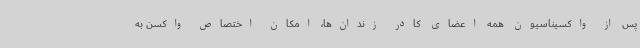
پس از واکسیناسیون همه اعضای کادر زندان‌ها، امکان اختصاص واکسن به